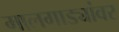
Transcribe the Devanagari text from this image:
मालगाड्यांवर